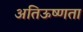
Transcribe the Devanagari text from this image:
अतिऊष्णता